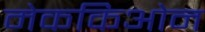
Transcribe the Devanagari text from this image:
मेककिओन